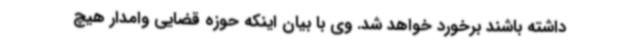
داشته باشند برخورد خواهد شد. وی با بیان اینکه حوزه قضایی وامدار هیچ